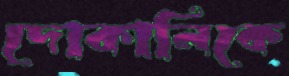
দোকানিকে